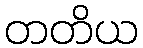
တတိယ